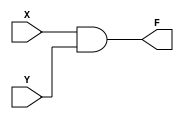

module And2(X, Y, F);
	input X, Y;
	output F;
	reg F;

	always @(X,Y) begin
		F <= X&Y;
	end
endmodule